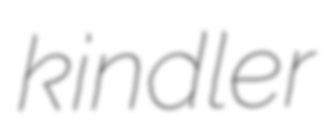
kindler